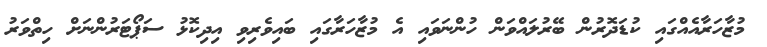
މުޒާހަރާއެއްގައި ކުޑަދޮރުން ބޭރުލައްވަން ހުންނަވައި އެ މުޒާހަރާގައި ބައިވެރިވި އިދިކޮޅު ސަޕޯޓަރުންނަށް ހިތްވަރު